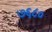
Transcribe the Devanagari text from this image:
७६८०